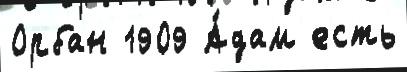
Орбан 1909 А́дам есть